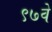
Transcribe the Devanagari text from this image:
९७वे